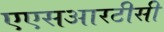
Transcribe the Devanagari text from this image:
एएसआरटीसी